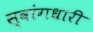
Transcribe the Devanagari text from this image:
स्वांगधारी